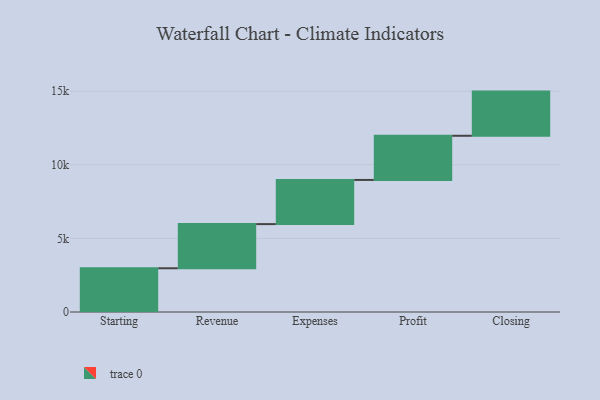
{"axis": {"x": "Step", "y": "Value"}, "legend": [""], "data": [{"x": "Starting", "y": 2970.0, "type": ""}, {"x": "Revenue", "y": 3000, "type": ""}, {"x": "Expenses", "y": 3000, "type": ""}, {"x": "Profit", "y": 3000, "type": ""}, {"x": "Closing", "y": 3000, "type": ""}]}